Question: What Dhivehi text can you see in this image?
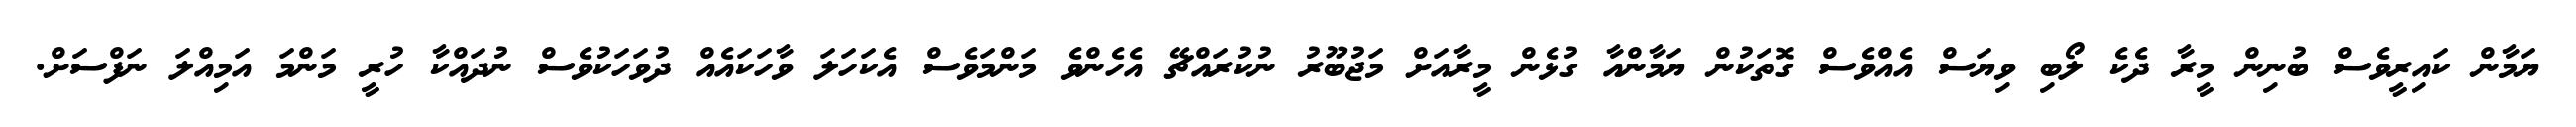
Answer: ޔަމާން ކައިރީވެސް ބުނިން މީރާ ދެކެ ލޯބި ވިޔަސް އެއްވެސް ގޮތަކުން ޔަމާންއާ ގުޅެން މީރާއަށް މަޖުބޫރު ނުކުރައްޗޭ އެހެންވެ މަންމަވެސް އެކަހަލަ ވާހަކައެއް ދުވަހަކުވެސް ނުދައްކާ ހުރީ މަންމަ އަމިއްލަ ނަފްސަށް.